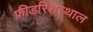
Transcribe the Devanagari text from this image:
फ्रीडरिशस्थाल